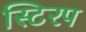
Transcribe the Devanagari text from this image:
स्टिरप